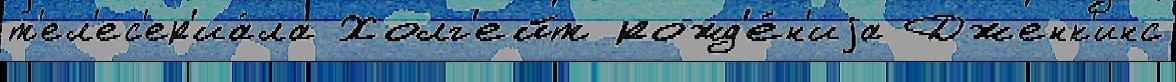
т'ел'ес'ер'иа́ла Холг'ейт рожд'е́н'иjа Дженк'инс